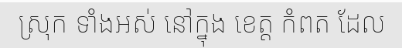
ស្រុក ទាំងអស់ នៅក្នុង ខេត្ត កំពត ដែល